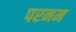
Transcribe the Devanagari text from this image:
परनम